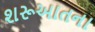
શરૂઆતના